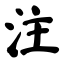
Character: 注